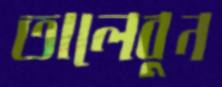
তালেবুন